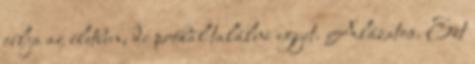
célja az életben, de próbál találni egyet. Alázatos. Ezt